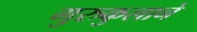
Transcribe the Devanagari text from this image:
गुरुकुलाने